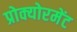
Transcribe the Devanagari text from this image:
प्रोक्योरमेंट